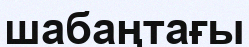
шабаңтағы